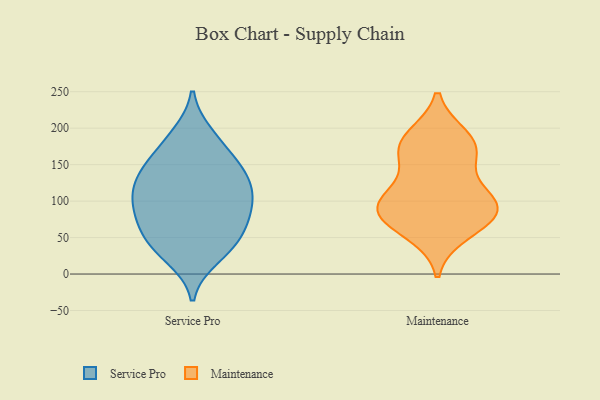
{"axis": {"x": "Satisfaction Score", "y": "Value"}, "legend": ["Maintenance", "Service Pro"], "data": [{"x": "", "y": 105, "type": "Service Pro"}, {"x": "", "y": 90, "type": "Service Pro"}, {"x": "", "y": 59, "type": "Service Pro"}, {"x": "", "y": 133, "type": "Service Pro"}, {"x": "", "y": 157, "type": "Service Pro"}, {"x": "", "y": 191, "type": "Service Pro"}, {"x": "", "y": 23, "type": "Service Pro"}, {"x": "", "y": 137, "type": "Service Pro"}, {"x": "", "y": 31, "type": "Service Pro"}, {"x": "", "y": 47, "type": "Service Pro"}, {"x": "", "y": 86, "type": "Service Pro"}, {"x": "", "y": 154, "type": "Service Pro"}, {"x": "", "y": 103, "type": "Service Pro"}, {"x": "", "y": 121, "type": "Service Pro"}, {"x": "", "y": 42, "type": "Service Pro"}, {"x": "", "y": 131, "type": "Service Pro"}, {"x": "", "y": 88, "type": "Service Pro"}, {"x": "", "y": 66, "type": "Service Pro"}, {"x": "", "y": 185, "type": "Service Pro"}, {"x": "", "y": 96, "type": "Maintenance"}, {"x": "", "y": 85, "type": "Maintenance"}, {"x": "", "y": 57, "type": "Maintenance"}, {"x": "", "y": 80, "type": "Maintenance"}, {"x": "", "y": 161, "type": "Maintenance"}, {"x": "", "y": 105, "type": "Maintenance"}, {"x": "", "y": 79, "type": "Maintenance"}, {"x": "", "y": 106, "type": "Maintenance"}, {"x": "", "y": 170, "type": "Maintenance"}, {"x": "", "y": 179, "type": "Maintenance"}, {"x": "", "y": 187, "type": "Maintenance"}]}